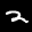
Label: 2